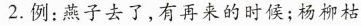
2.例：燕子去了，有再来的时候；杨柳枯